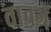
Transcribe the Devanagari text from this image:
वावगें